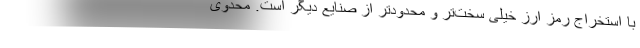
با استخراج رمز ارز خیلی سخت‌تر و محدودتر از صنایع دیگر است. محدوی